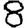
Digit: 8